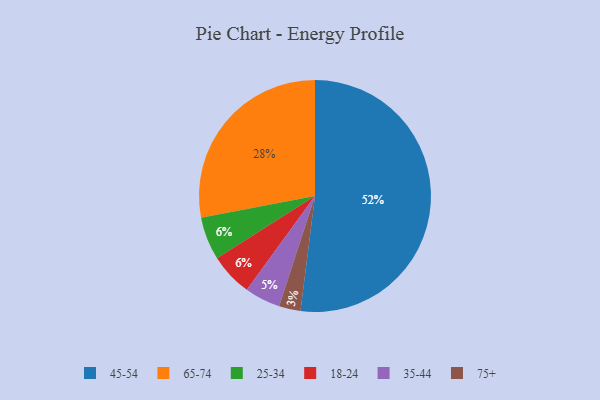
{"axis": {"x": "Category", "y": "Percentage"}, "legend": ["18-24", "25-34", "35-44", "45-54", "65-74", "75+"], "data": [{"x": "25-34", "y": 6, "type": "25-34"}, {"x": "35-44", "y": 5, "type": "35-44"}, {"x": "75+", "y": 3, "type": "75+"}, {"x": "45-54", "y": 52, "type": "45-54"}, {"x": "18-24", "y": 6, "type": "18-24"}, {"x": "65-74", "y": 28, "type": "65-74"}]}